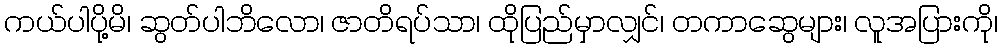
ကယ်ပါပို့မိ၊ ဆွတ်ပါဘိလော၊ ဇာတိရပ်သာ၊ ထိုပြည်မှာလျှင်၊ တကာဆွေများ၊ လူအပြားကို၊